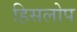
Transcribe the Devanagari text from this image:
हिसलोप